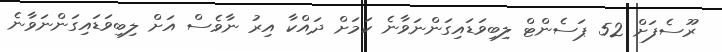
ރޫސެފަށް 52 ޕަސެންޓް ލިބިވަޑައިގަންނަވާނެ ކަމަށް ދައްކާ އިރު ނާވެސް އަށް ލިބިވަޑައިގަންނަވާނެ